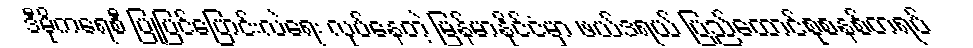
ဒီမိုကရေစီ ပြုပြင်ပြောင်းလဲရေး လုပ်နေတဲ့ မြန်မာနိုင်ငံမှာ ဖယ်ဒရယ် ပြည်ထောင်စုစနစ်တရပ်